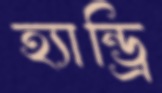
হ্যান্ড্রি